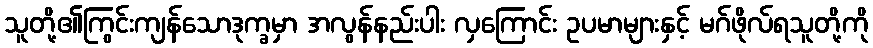
သူတို့၏ကြွင်းကျန်သောဒုက္ခမှာ အလွန်နည်းပါး လှကြောင်း ဥပမာများနှင့် မဂ်ဖိုလ်ရသူတို့ကို